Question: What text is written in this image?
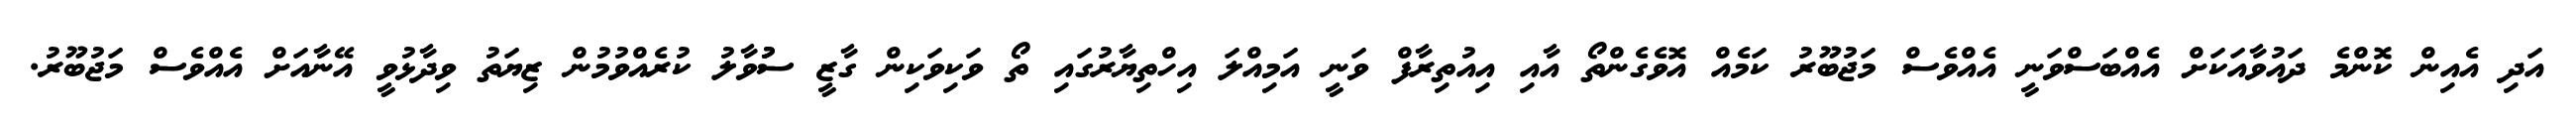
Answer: އަދި އެއިން ކޮންމެ ދައުވާއަކަށް އެއްބަސްވަނީ އެއްވެސް މަޖުބޫރު ކަމެއް އޮވެގެންތޯ އާއި އިއުތިރާފް ވަނީ އަމިއްލަ އިހްތިޔާރުގައި ތޯ ވަކިވަކިން ގާޒީ ސުުވާލު ކުރެއްވުމުން ޒިޔަތު ވިދާޅުވީ އޭނާއަށް އެއްވެސް މަޖުބޫރު.